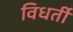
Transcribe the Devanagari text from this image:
विधर्ती